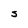
Character: S